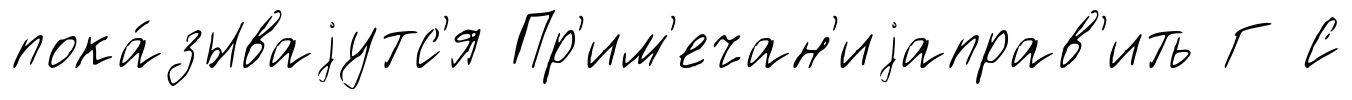
пока́зываjутс'я Пр'им'ечан'иjаправ'ить Г С